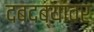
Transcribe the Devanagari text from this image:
दबदब्यावर